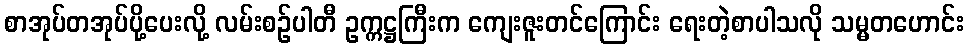
စာအုပ်တအုပ်ပို့ပေးလို့ လမ်းစဉ်ပါတီ ဥက္ကဋ္ဌကြီးက ကျေးဇူးတင်ကြောင်း ရေးတဲ့စာပါသလို သမ္မတဟောင်း